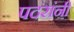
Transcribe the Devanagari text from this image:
पदरांनी